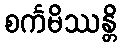
စင်္ကမိဿန္တိ